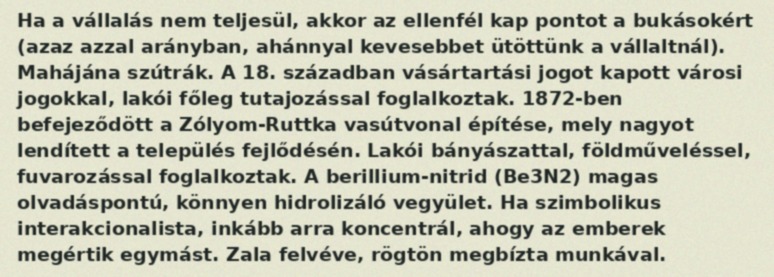
Ha a vállalás nem teljesül, akkor az ellenfél kap pontot a bukásokért (azaz azzal arányban, ahánnyal kevesebbet ütöttünk a vállaltnál). Mahájána szútrák. A 18. században vásártartási jogot kapott városi jogokkal, lakói főleg tutajozással foglalkoztak. 1872-ben befejeződött a Zólyom-Ruttka vasútvonal építése, mely nagyot lendített a település fejlődésén. Lakói bányászattal, földműveléssel, fuvarozással foglalkoztak. A berillium-nitrid (Be3N2) magas olvadáspontú, könnyen hidrolizáló vegyület. Ha szimbolikus interakcionalista, inkább arra koncentrál, ahogy az emberek megértik egymást. Zala felvéve, rögtön megbízta munkával.